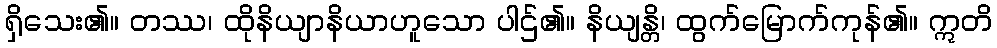
ရှိသေး၏။ တဿ၊ ထိုနိယျာနိယာဟူသော ပါဌ်၏။ နိယျန္တိ၊ ထွက်မြောက်ကုန်၏။ ဣတိ